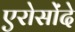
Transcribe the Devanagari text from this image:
एरोसोंदे